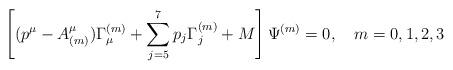
LaTeX: \begin{align*}\left[(p^\mu-A^\mu_{(m)})\Gamma_\mu^{(m)}+\sum^7_{j=5} p_j\Gamma^{(m)}_j +M\right]\Psi^{(m)}=0,\quad m=0,1,2,3\end{align*}